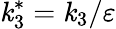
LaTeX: \mathit{k}_{3}^{*}=\mathit{k}_{3}/\varepsilon